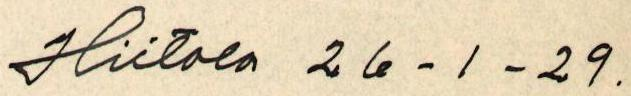
Hiitola 26 - 1 - 29.